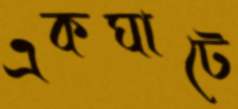
একঘাটে